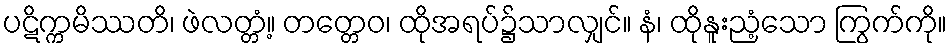
ပဋိက္ကမိဿတိ၊ ဖဲလတ္တံ့။ တတ္တေဝ၊ ထိုအရပ်၌သာလျှင်။ နံ၊ ထိုနူးညံ့သော ကြွက်ကို။